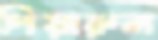
পিয়ারুল